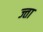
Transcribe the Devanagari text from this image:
ज्ता